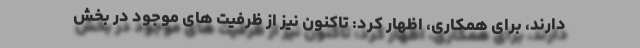
دارند، برای همکاری، اظهار کرد: تاکنون نیز از ظرفیت های موجود در بخش